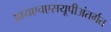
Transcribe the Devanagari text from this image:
आयएचएसयूपीअंतर्गत